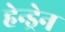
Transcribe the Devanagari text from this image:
हेन्ड्रेन